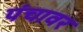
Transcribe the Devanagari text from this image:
पंचावर